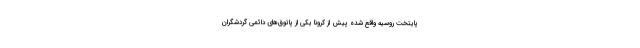
پایتخت روسیه واقع شده پیش از کرونا یکی از پاتوق‌های دائمی گردشگران